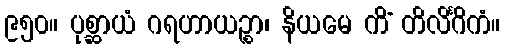
၉၅၀။ ပုစ္ဆာယံ ဂရဟာယဉ္စာ၊ နိယမေ ကိံ တိလိင်္ဂိကံ။